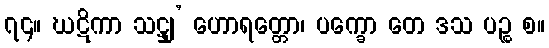
၇၄။ ဃဋိကာ သဋ္ဌျ’ ဟောရတ္တော၊ ပက္ခော တေ ဒသ ပဉ္စ စ။